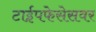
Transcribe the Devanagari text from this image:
टाईपफेसेसवर